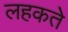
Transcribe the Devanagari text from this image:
लहकते